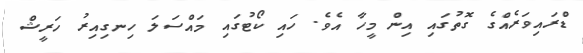
ޑްރައިވަރެއްގެ ގޮތުގައި އިން މީހާ އެވެ. ހައި ކޯޓުގައި މައްސަލަ ހިނގިއިރު ހަރީޝް